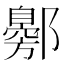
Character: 𬪟